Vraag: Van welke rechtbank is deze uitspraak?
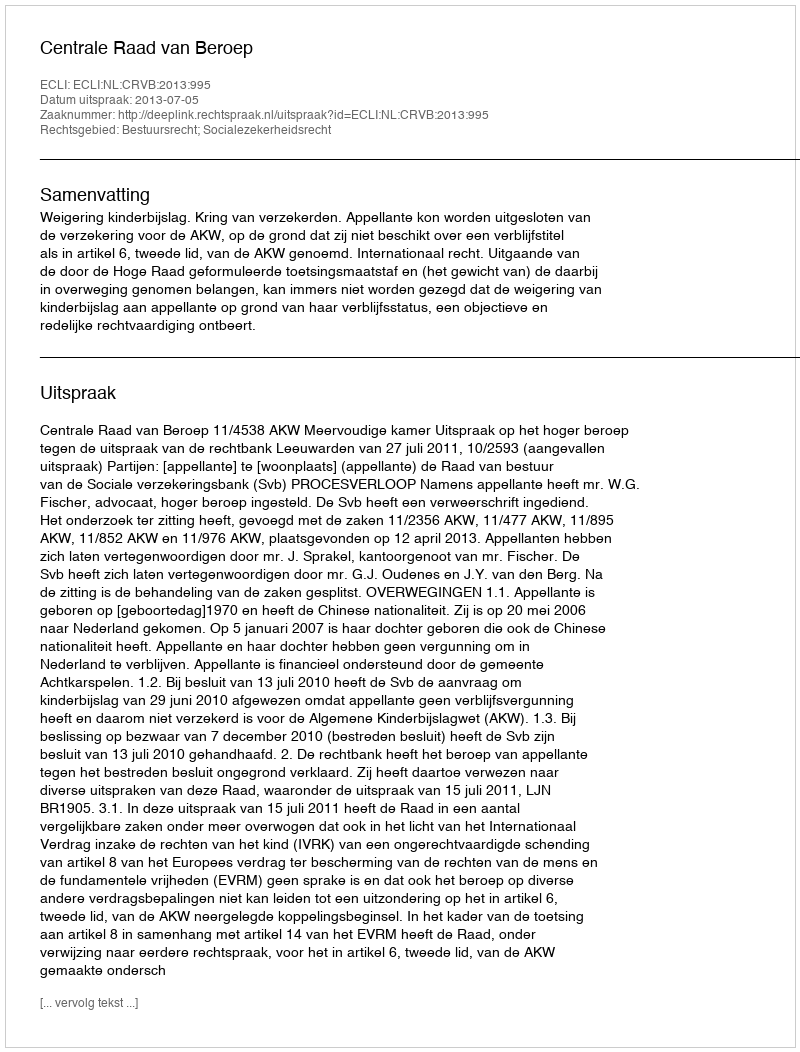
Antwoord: Centrale Raad van Beroep